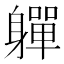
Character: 軃